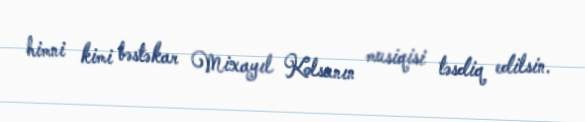
himni kimi bəstəkar Mixayıl Kolsanın musiqisi təsdiq edilsin.